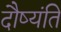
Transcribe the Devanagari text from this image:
दौष्यंति